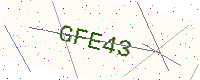
Text: GFE43